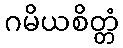
ဂမိယစိတ္တံ